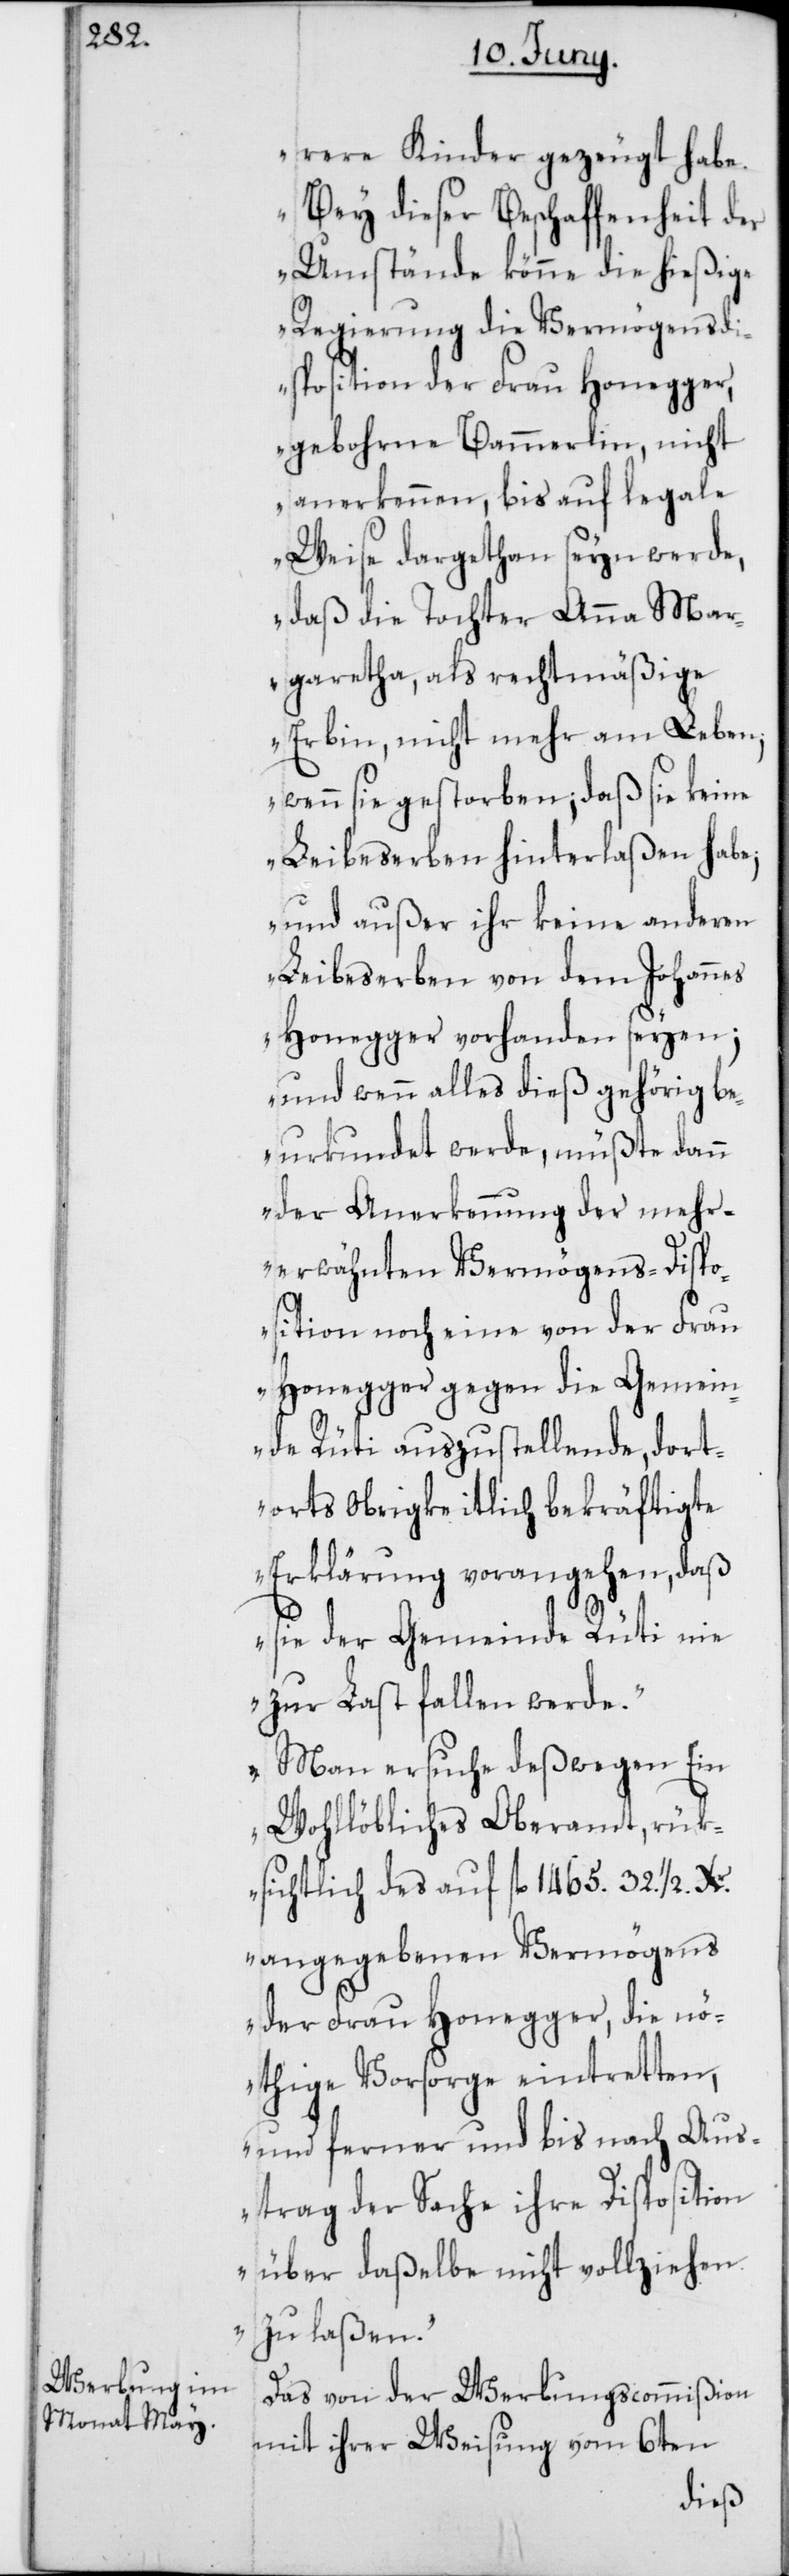
rere Kinder gezeugt habe.
Bey dieser Beschaffenheit der
Umstände könne die hießige
Regierung die Vermögensdi¬
sposition der Frau Honegger,
gebohrne Bammerlin, nicht
anerkennen, bis auf legale
Weise dargethan seyn werde,
daß die Tochter Anna Mar¬
garetha, als rechtmäßige
Erbin, nicht mehr am Leben;
wenn sie gestorben; daß sie keine
Leibeserben hinterlaßen habe;
und außer ihr keine anderen
Leibeserben von dem Johannes
Honegger vorhanden seyen;
und wenn alles dies gehörig be¬
urkundet werde, müßte dann
der Anerkennung der mehr¬
erwähnten Vermögens-Dispo¬
sition noch eine von der Frau
Honegger gegen die Gemein¬
de Rüti auszustellende, dort¬
orts Obrigkeitlich bekräftigte
Erklärung vorangehen, daß
sie der Gemeinde Rüti nie
zur Last fallen werde.
Man ersuche deßwegen ein
Wohllöbliches Oberamt, rük¬
sichtlich des auf fl. 1465. 32. 1/2.
angegebenen Vermögens
der Frau Honegger, die nö¬
thige Vorsorge eintretten,
und ferner und bis nach Aus¬
trag der Sache ihre Disposition
über daßelbe nicht vollziehen
zu laßen.“
Das von der Werbungscommißion
mit ihrer Weisung vom 6ten